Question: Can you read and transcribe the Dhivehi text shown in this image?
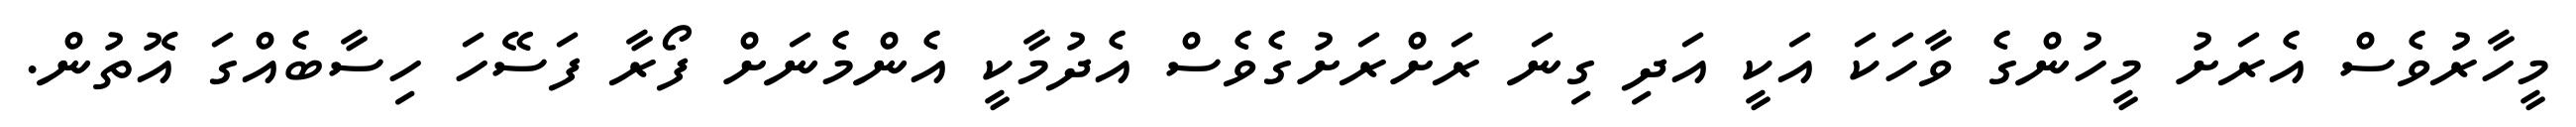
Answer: މީހާރުވެސް އެރަށު މީހުންގެ ވާހަކަ އަކީ އަދި ގިނަ ރަށްރަށުގެވެސް އެދުމާކީ އެންމެނަށް ފޯރާ ފަސޭހަ ހިސާބެއްގަ އޮތުން.